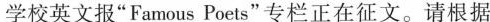
学校英文报”Famous Poets”专栏正在征文。请根据